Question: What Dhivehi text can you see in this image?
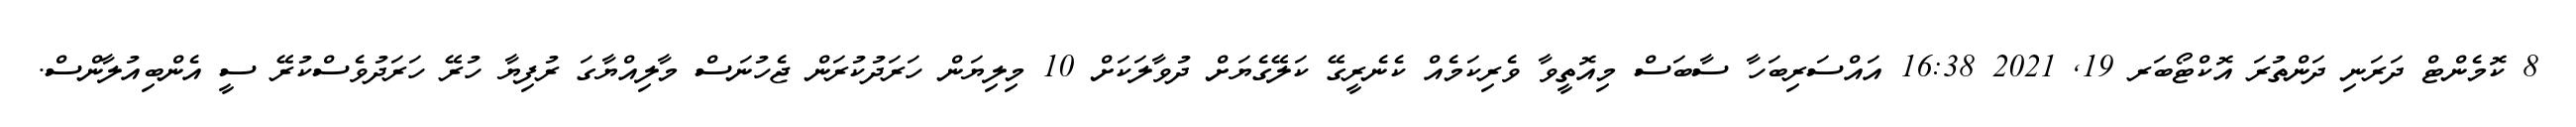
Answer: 8 ކޮމެންޓް ދަރަނި ދަންތުރަ އޮކްޓޯބަރ 19, 2021 16:38 އައްސަރިބަހާ ސާބަސް މިއޮތީވާ ވެރިކަމެއް ކެނެރީގޭ ކަލޭގެޔަށް ދުވާލަކަށް 10 މިލިޔަން ހަރަދުކުރަން ޖެހުނަސް މާލިއްޔާގަ ރުފިޔާ ހުރޭ ހަރަދުވެސްކުރޭ ސީ އެންބިއުލާންސް.